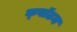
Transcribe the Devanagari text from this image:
क्‍वॉटम